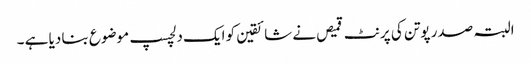
البتہ صدر پوتن کی پرنٹ قمیص نے شائقین کو ایک دلچسپ موضوع بنا دیا ہے ۔